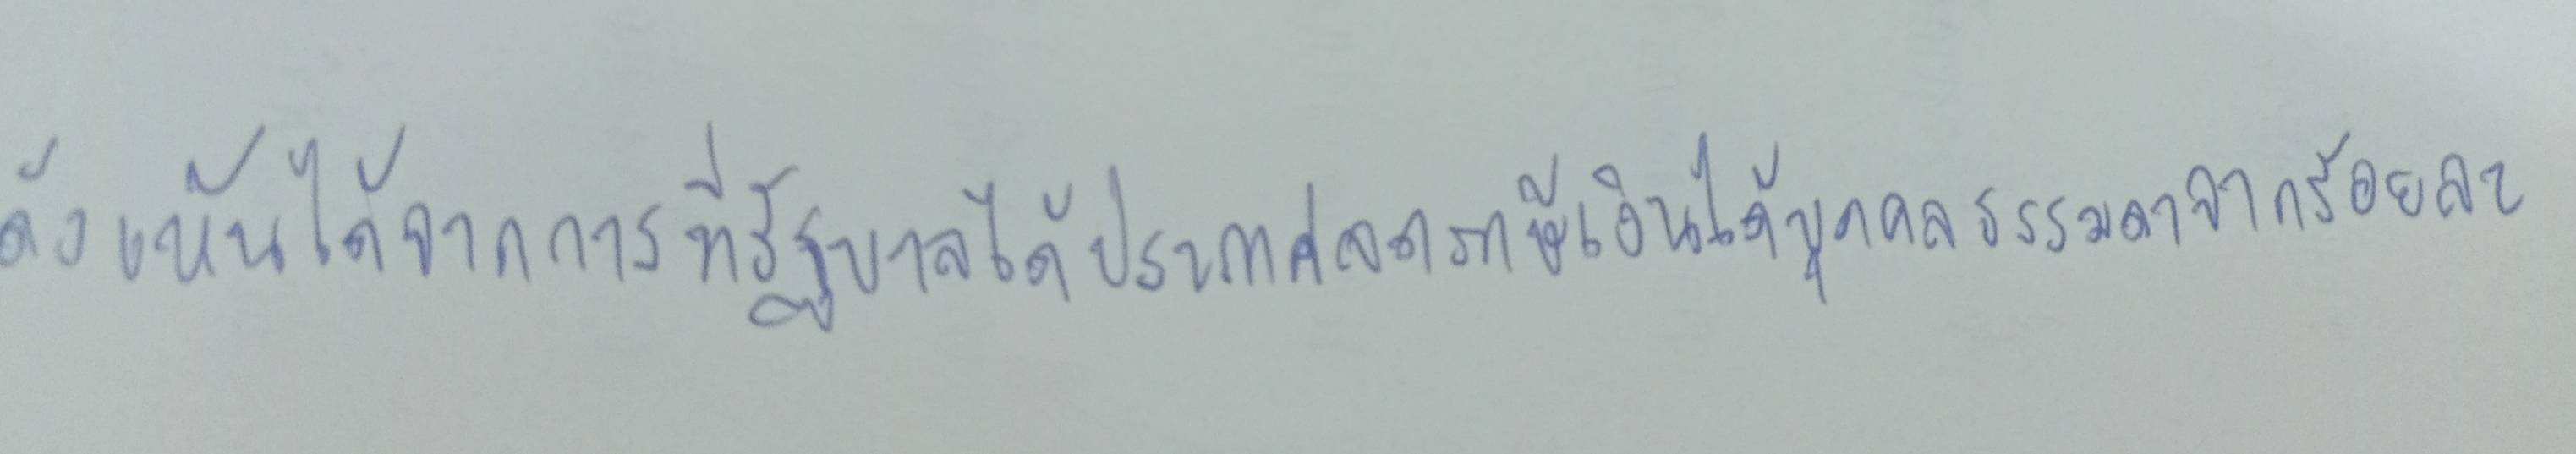
ดังเห็นได้จากการที่รัฐบาลได้ประกาศลดภาษีเงินได้บุคคลธรรมดาจากร้อยละ